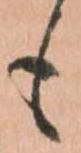
も